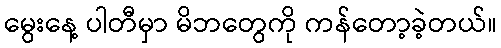
မွေးနေ့ ပါတီမှာ မိဘတွေကို ကန်တော့ခဲ့တယ်။